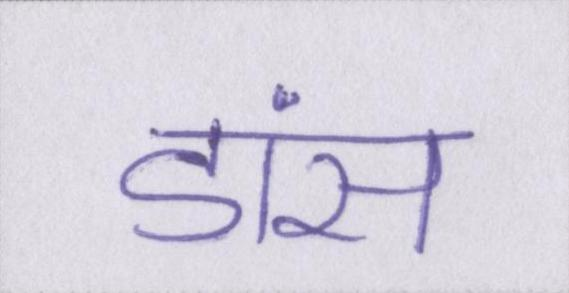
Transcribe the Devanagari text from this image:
डांस